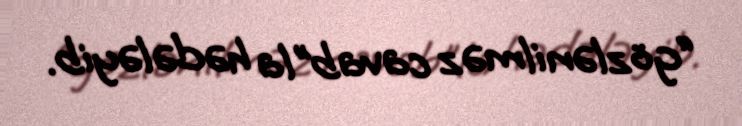
“gözlənilməz cavab”la hədələyib.